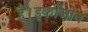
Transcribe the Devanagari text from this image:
है।इकोज़ोन